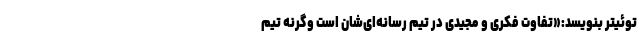
توئیتر بنویسد:«تفاوت فکری و مجیدی در تیم رسانه‌ای‌شان است وگرنه تیم